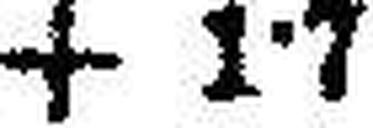
+ 1·7